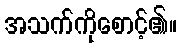
အသက်ကိုစောင့်၏။